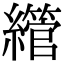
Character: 䌣